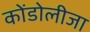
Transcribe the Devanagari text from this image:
कोंडोलीजा